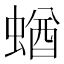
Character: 蝤